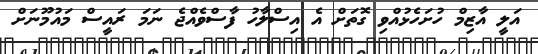
އަލީ އާޒިމް ހުށަހެޅުއްވި ގޮތަށް އެ އިސްލާހު ފާސްވެއްޖެ ނަމަ ރައީސް މައުމޫނަށް